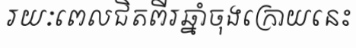
រយៈពេលជិតពីរឆ្នាំចុងក្រោយនេះ